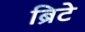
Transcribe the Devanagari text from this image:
ब्रिटे